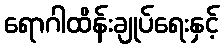
ရောဂါထိန်းချုပ်ရေးနှင့်